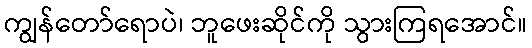
ကျွန်တော်ရောပဲ၊ ဘူဖေးဆိုင်ကို သွားကြရအောင်။